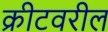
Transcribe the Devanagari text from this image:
क्रीटवरील